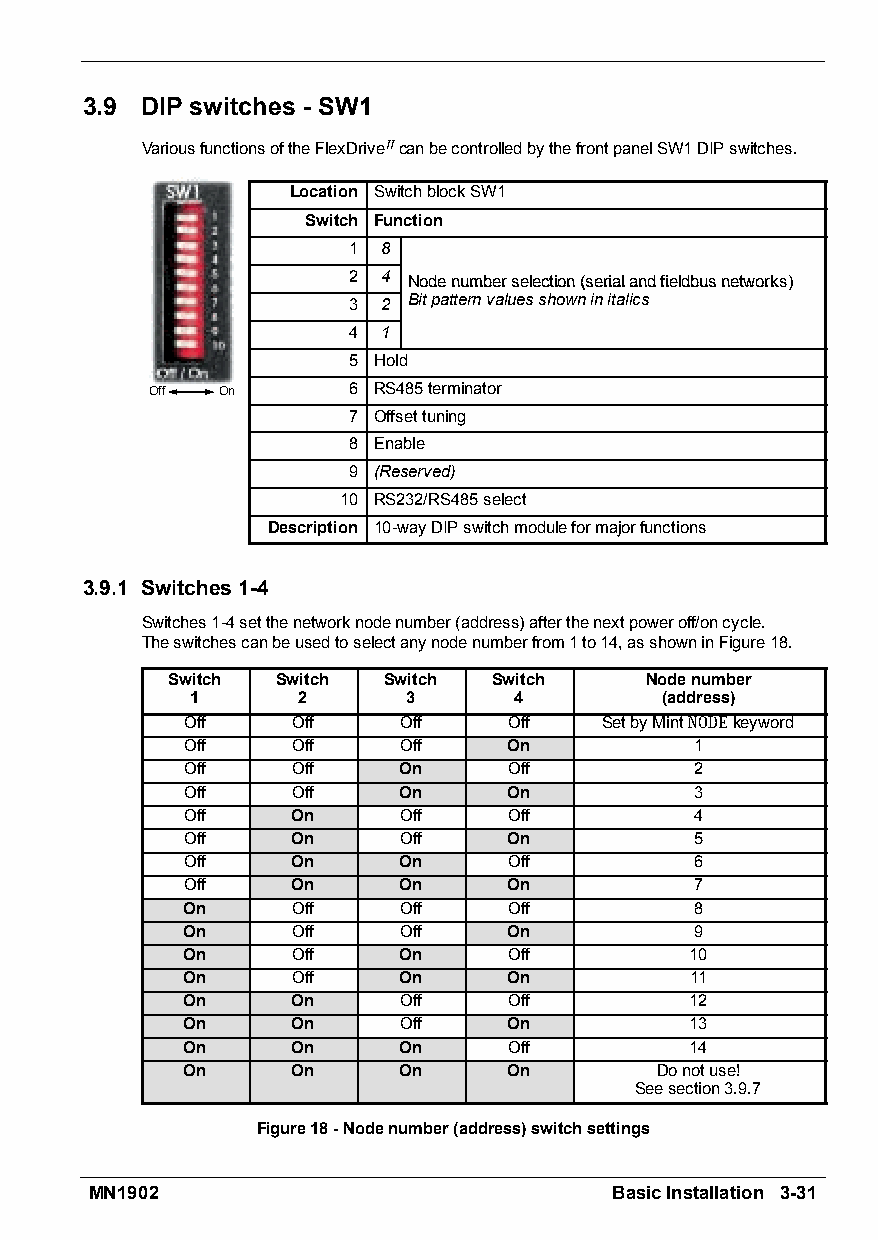
3.9 DIP switches - SW1
 VariousfunctionsoftheFlexDriveIIcanbecontrolledbythefrontpanelSW1DIPswitches.
 Location SwitchblockSW1
 Switch Function
 1 8
 2 4 NNooddeennuummbbeerrsseelleeccttiioonn((sseerriiaallaannddffiieellddbbuussnneettwwoorrkkss))
 3 2 Bitpatternvaluesshowninitalics
 4 1
 5 Hold
 Off On       6 RS485terminator
 7 Offsettuning
 8 Enable
 9 (Reserved)
 10 RS232/RS485select
 Description 10-wayDIPswitchmoduleformajorfunctions
 3.9.1 Switches1-4
 Switches1-4setthenetworknodenumber(address)afterthenextpoweroff/oncycle.
 Theswitchescanbeusedtoselectanynodenumberfrom1to14,asshowninFigure18.
 Switch Switch Switch  Switch    Nodenumber
 1      2      3      4         (address)
 Off    Off    Off     Off   SetbyMintNODEkeyword
 Off    Off    Off     On          1
 Off    Off    On      Off         2
 Off    Off    On      On          3
 Off    On     Off     Off         4
 Off    On     Off     On          5
 Off    On     On      Off         6
 Off    On     On      On          7
 On     Off    Off     Off         8
 On     Off    Off     On          9
 On     Off    On      Off         10
 On     Off    On      On          11
 On     On     Off     Off         12
 On     On     Off     On          13
 On     On     On      Off         14
 On     On     On      On       Donotuse!
 Seesection3.9.7
 Figure18-Nodenumber(address)switchsettings
 MN1902                            BasicInstallation 3-31